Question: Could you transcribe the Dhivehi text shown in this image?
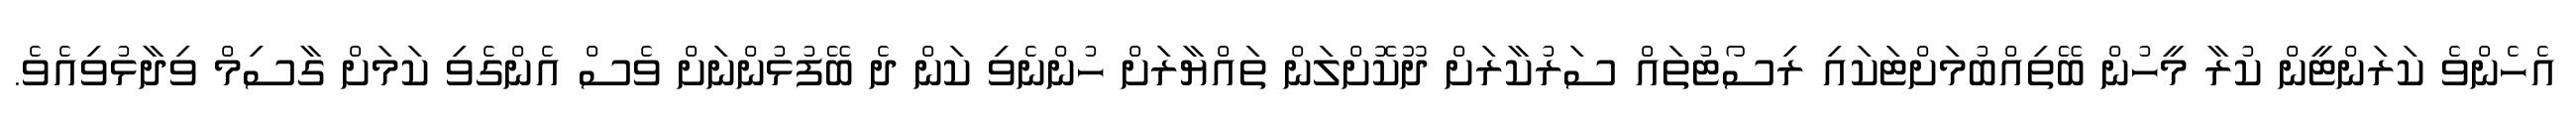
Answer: އެހެންވެ ކަރަންޓީން ކުރާ މީހުން ބޭތިއްބުމަށްޓަކައި ރިސޯޓުތައް ސަރުކާރަށް ދޫކޮށްލަން ތައްޔާރަށް ހުންނެވި ކަން ދެ ބޭފުޅުންނަށް ވެސް އެންގެވި ކަމަށް ގާސިމް ވިދާޅުވިއެވެ.